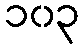
၁၀၃